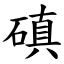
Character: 磌